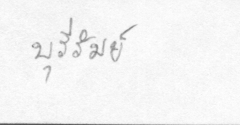
บุรีรัมย์